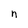
Character: n